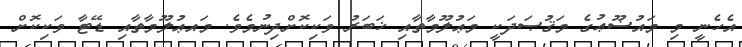
އެހެނީ މި މައުޟޫޢުގެ މަޤުޞަދަކީ މަޢުލޫމާތާއި ޚަބަރު ވަކިކޮށްދިނުމެވެ. މައޢުލޫމާތާއި ޑޭޓާ ވަކިކޮށް